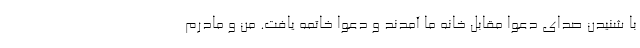
با شنیدن صدای دعوا مقابل خانه ما آمدند و دعوا خاتمه یافت. من و مادرم